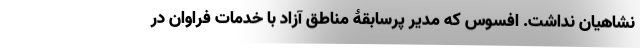
نشاهیان نداشت. افسوس که مدیر پرسابقۀ مناطق آزاد با خدمات فراوان در